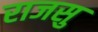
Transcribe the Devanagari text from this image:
राजसु